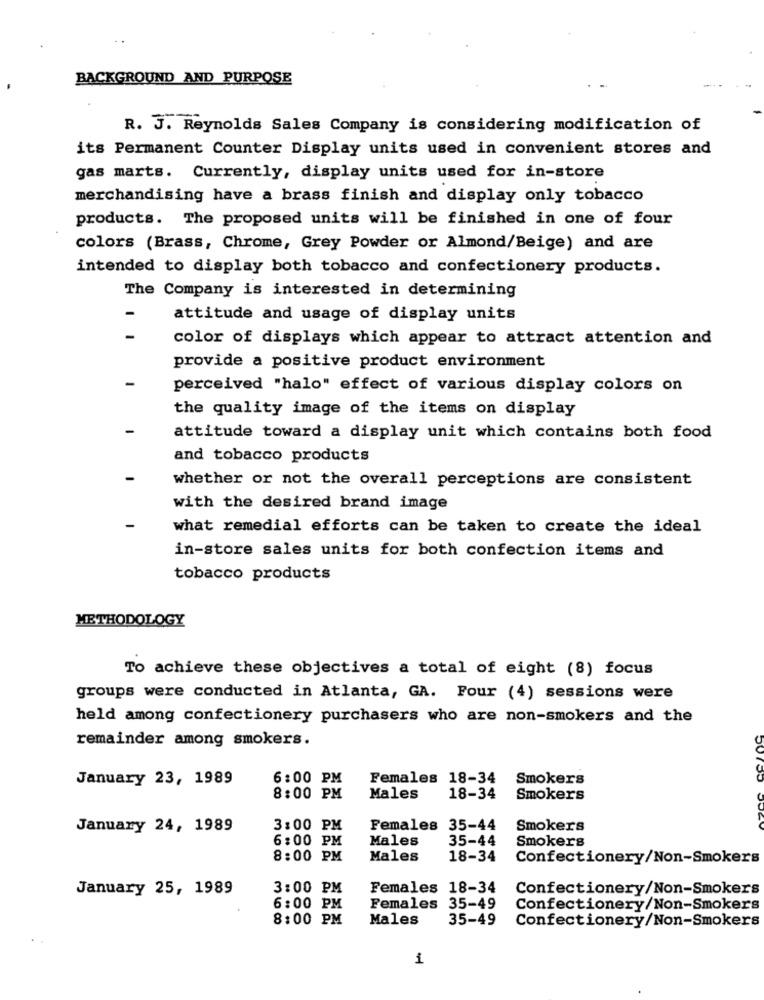
BACKGROUND AND PURPOSE
R. J. Reynolds Sales Company is considering modification of
its Permanent Counter Display units used in convenient stores and
gas marts. Currently, display units used for in-store
merchandising have a brass finish and display only tobacco
products. The proposed units will be finished in one of four
colors (Brass, Chrome, Grey Powder or Almond/Beige) and are
intended to display both tobacco and confectionery products.
The Company is interested in determining
attitude and usage of display units
color of displays which appear to attract attention and
provide a positive product environment
perceived "halo" effect of various display colors on
the quality image of the items on display
attitude toward a display unit which contains both food
and tobacco products
whether or not the overall perceptions are consistent
with the desired brand image
what remedial efforts can be taken to create the ideal
in-store sales units for both confection items and
tobacco products
METHODOLOGY
To achieve these objectives a total of eight (8) focus
groups were conducted in Atlanta, GA. Four (4) sessions were
held among confectionery purchasers who are non-smokers and the
remainder among smokers.
January 23, 1989
6:00 PM
Females 18-34
Smokers
8:00 PM
Males
18-34
Smokers
January 24, 1989
3:00 PM
Females 35-44
Smokers
6:00 PM
Males
35-44
Smokers
8:00 PM
Males
18-34
Confectionery/Non-Smokers
January 25, 1989
3:00 PM
Females 18-34
Confectionery/Non-Smokers
6:00 PM
Females 35-49
Confectionery/Non-Smokers
8:00 PM
Males
35-49
Confectionery/Non-Smokers
1